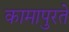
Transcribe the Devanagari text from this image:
कामापुरते